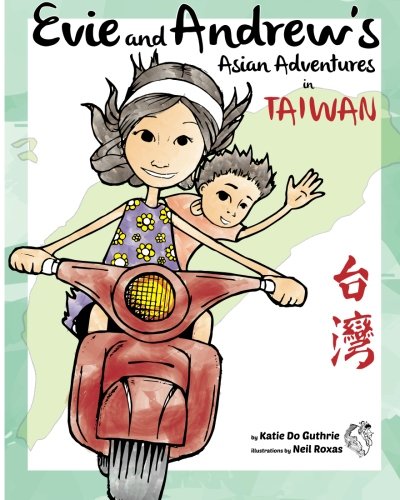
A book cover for Evie and Andrew's Asian Adventures in Taiwan; Katie Do Guthrie; Children's Books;